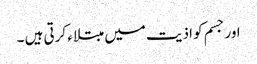
اور جسم کو اذیت میں مبتلاء کرتی ہیں ۔